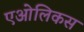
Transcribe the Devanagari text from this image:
एओलिकस